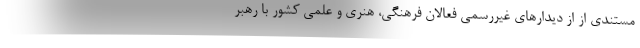
مستندی از از دیدارهای غیررسمی فعالان فرهنگی، هنری و علمی کشور با رهبر